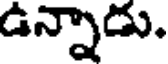
ఉన్నాడు.